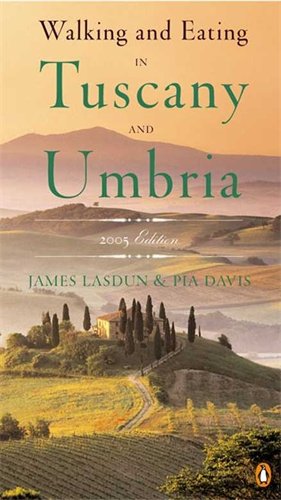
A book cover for Walking and Eating in Tuscany and Umbria: Revised Edition; James Lasdun; Travel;